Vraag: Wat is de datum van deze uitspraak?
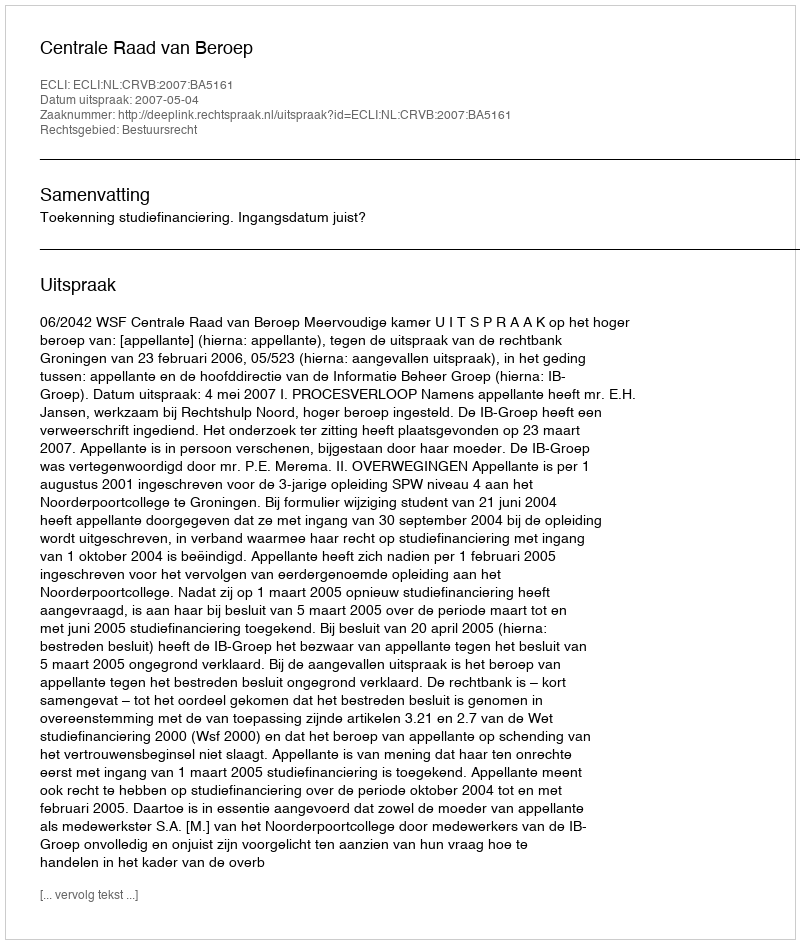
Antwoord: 2007-05-04